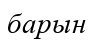
барын